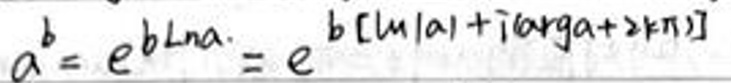
$a^{b}=e^{b\ln a}=e^{b[\ln |a|+i(\arg a + 2k\pi)]}$